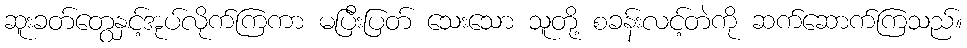
ဆူးခတ်တွေနှင့်အုပ်လိုက်ကြကာ မပြီးပြတ် သေးသော သူတို့ စခန်းလင့်တဲကို ဆက်ဆောက်ကြသည်။